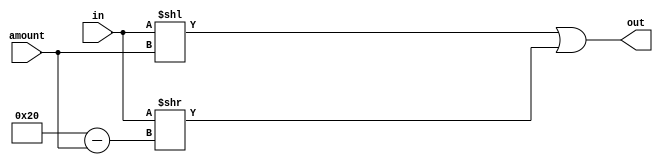
module rol_32_bit(input wire[31:0] in, input wire[31:0] amount, output wire[31:0] out);

	assign out = (in << amount) | (in >> (32 - amount));
	
endmodule